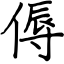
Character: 傉